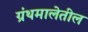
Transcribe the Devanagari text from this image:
ग्रंथमालेतील